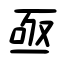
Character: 亟